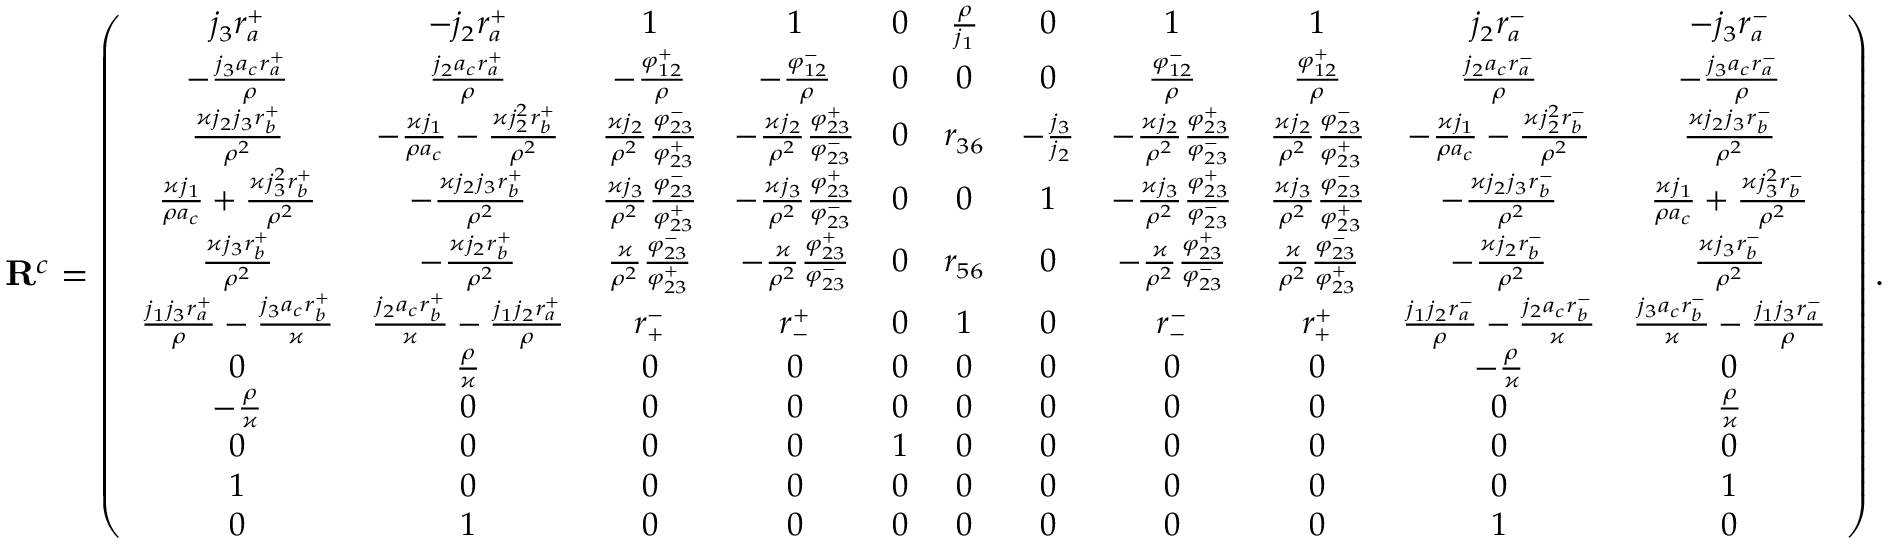
\small \mathbf { R } ^ { c } = \left( \begin{array} { c c c c c c c c c c c } { j _ { 3 } r _ { a } ^ { + } } & { - j _ { 2 } r _ { a } ^ { + } } & { 1 } & { 1 } & { 0 } & { \frac { \rho } { j _ { 1 } } } & { 0 } & { 1 } & { 1 } & { j _ { 2 } r _ { a } ^ { - } } & { - j _ { 3 } r _ { a } ^ { - } } \\ { - \frac { j _ { 3 } a _ { c } r _ { a } ^ { + } } { \rho } } & { \frac { j _ { 2 } a _ { c } r _ { a } ^ { + } } { \rho } } & { - \frac { \varphi _ { 1 2 } ^ { + } } { \rho } } & { - \frac { \varphi _ { 1 2 } ^ { - } } { \rho } } & { 0 } & { 0 } & { 0 } & { \frac { \varphi _ { 1 2 } ^ { - } } { \rho } } & { \frac { \varphi _ { 1 2 } ^ { + } } { \rho } } & { \frac { j _ { 2 } a _ { c } r _ { a } ^ { - } } { \rho } } & { - \frac { j _ { 3 } a _ { c } r _ { a } ^ { - } } { \rho } } \\ { \frac { \varkappa j _ { 2 } j _ { 3 } r _ { b } ^ { + } } { \rho ^ { 2 } } } & { - \frac { \varkappa j _ { 1 } } { \rho a _ { c } } - \frac { \varkappa j _ { 2 } ^ { 2 } r _ { b } ^ { + } } { \rho ^ { 2 } } } & { \frac { \varkappa j _ { 2 } } { \rho ^ { 2 } } \frac { \varphi _ { 2 3 } ^ { - } } { \varphi _ { 2 3 } ^ { + } } } & { - \frac { \varkappa j _ { 2 } } { \rho ^ { 2 } } \frac { \varphi _ { 2 3 } ^ { + } } { \varphi _ { 2 3 } ^ { - } } } & { 0 } & { r _ { 3 6 } } & { - \frac { j _ { 3 } } { j _ { 2 } } } & { - \frac { \varkappa j _ { 2 } } { \rho ^ { 2 } } \frac { \varphi _ { 2 3 } ^ { + } } { \varphi _ { 2 3 } ^ { - } } } & { \frac { \varkappa j _ { 2 } } { \rho ^ { 2 } } \frac { \varphi _ { 2 3 } ^ { - } } { \varphi _ { 2 3 } ^ { + } } } & { - \frac { \varkappa j _ { 1 } } { \rho a _ { c } } - \frac { \varkappa j _ { 2 } ^ { 2 } r _ { b } ^ { - } } { \rho ^ { 2 } } } & { \frac { \varkappa j _ { 2 } j _ { 3 } r _ { b } ^ { - } } { \rho ^ { 2 } } } \\ { \frac { \varkappa j _ { 1 } } { \rho a _ { c } } + \frac { \varkappa j _ { 3 } ^ { 2 } r _ { b } ^ { + } } { \rho ^ { 2 } } } & { - \frac { \varkappa j _ { 2 } j _ { 3 } r _ { b } ^ { + } } { \rho ^ { 2 } } } & { \frac { \varkappa j _ { 3 } } { \rho ^ { 2 } } \frac { \varphi _ { 2 3 } ^ { - } } { \varphi _ { 2 3 } ^ { + } } } & { - \frac { \varkappa j _ { 3 } } { \rho ^ { 2 } } \frac { \varphi _ { 2 3 } ^ { + } } { \varphi _ { 2 3 } ^ { - } } } & { 0 } & { 0 } & { 1 } & { - \frac { \varkappa j _ { 3 } } { \rho ^ { 2 } } \frac { \varphi _ { 2 3 } ^ { + } } { \varphi _ { 2 3 } ^ { - } } } & { \frac { \varkappa j _ { 3 } } { \rho ^ { 2 } } \frac { \varphi _ { 2 3 } ^ { - } } { \varphi _ { 2 3 } ^ { + } } } & { - \frac { \varkappa j _ { 2 } j _ { 3 } r _ { b } ^ { - } } { \rho ^ { 2 } } } & { \frac { \varkappa j _ { 1 } } { \rho a _ { c } } + \frac { \varkappa j _ { 3 } ^ { 2 } r _ { b } ^ { - } } { \rho ^ { 2 } } } \\ { \frac { \varkappa j _ { 3 } r _ { b } ^ { + } } { \rho ^ { 2 } } } & { - \frac { \varkappa j _ { 2 } r _ { b } ^ { + } } { \rho ^ { 2 } } } & { \frac { \varkappa } { \rho ^ { 2 } } \frac { \varphi _ { 2 3 } ^ { - } } { \varphi _ { 2 3 } ^ { + } } } & { - \frac { \varkappa } { \rho ^ { 2 } } \frac { \varphi _ { 2 3 } ^ { + } } { \varphi _ { 2 3 } ^ { - } } } & { 0 } & { r _ { 5 6 } } & { 0 } & { - \frac { \varkappa } { \rho ^ { 2 } } \frac { \varphi _ { 2 3 } ^ { + } } { \varphi _ { 2 3 } ^ { - } } } & { \frac { \varkappa } { \rho ^ { 2 } } \frac { \varphi _ { 2 3 } ^ { - } } { \varphi _ { 2 3 } ^ { + } } } & { - \frac { \varkappa j _ { 2 } r _ { b } ^ { - } } { \rho ^ { 2 } } } & { \frac { \varkappa j _ { 3 } r _ { b } ^ { - } } { \rho ^ { 2 } } } \\ { \frac { j _ { 1 } j _ { 3 } r _ { a } ^ { + } } { \rho } - \frac { j _ { 3 } a _ { c } r _ { b } ^ { + } } { \varkappa } } & { \frac { j _ { 2 } a _ { c } r _ { b } ^ { + } } { \varkappa } - \frac { j _ { 1 } j _ { 2 } r _ { a } ^ { + } } { \rho } } & { r _ { + } ^ { - } } & { r _ { - } ^ { + } } & { 0 } & { 1 } & { 0 } & { r _ { - } ^ { - } } & { r _ { + } ^ { + } } & { \frac { j _ { 1 } j _ { 2 } r _ { a } ^ { - } } { \rho } - \frac { j _ { 2 } a _ { c } r _ { b } ^ { - } } { \varkappa } } & { \frac { j _ { 3 } a _ { c } r _ { b } ^ { - } } { \varkappa } - \frac { j _ { 1 } j _ { 3 } r _ { a } ^ { - } } { \rho } } \\ { 0 } & { \frac { \rho } { \varkappa } } & { 0 } & { 0 } & { 0 } & { 0 } & { 0 } & { 0 } & { 0 } & { - \frac { \rho } { \varkappa } } & { 0 } \\ { - \frac { \rho } { \varkappa } } & { 0 } & { 0 } & { 0 } & { 0 } & { 0 } & { 0 } & { 0 } & { 0 } & { 0 } & { \frac { \rho } { \varkappa } } \\ { 0 } & { 0 } & { 0 } & { 0 } & { 1 } & { 0 } & { 0 } & { 0 } & { 0 } & { 0 } & { 0 } \\ { 1 } & { 0 } & { 0 } & { 0 } & { 0 } & { 0 } & { 0 } & { 0 } & { 0 } & { 0 } & { 1 } \\ { 0 } & { 1 } & { 0 } & { 0 } & { 0 } & { 0 } & { 0 } & { 0 } & { 0 } & { 1 } & { 0 } \end{array} \right) .